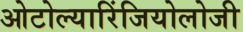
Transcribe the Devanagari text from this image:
ओटोल्यारिंजियोलोजी